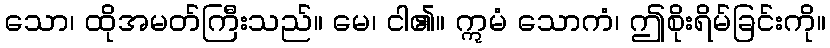
သော၊ ထိုအမတ်ကြီးသည်။ မေ၊ ငါ၏။ ဣမံ သောကံ၊ ဤစိုးရိမ်ခြင်းကို။